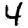
Digit: 4